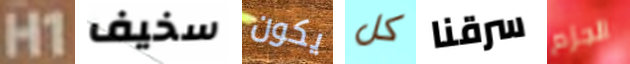
H1 سخيف يكون كل سرقنا الجزم